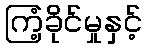
ကြံ့ခိုင်မှုနှင့်